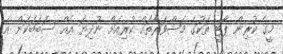
މީގެ ކުރިން ޕާޓީ ތަކުގެ މަޝްވަރާތައް ކުރިއަށް ނުދިޔަ އެއް ސަބަބަކަށް އެ